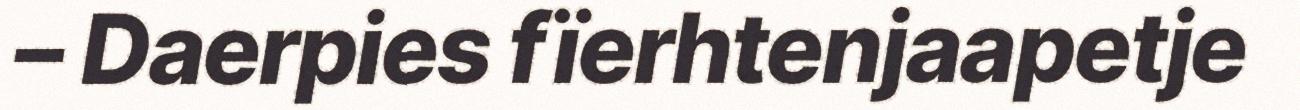
– Daerpies fïerhtenjaapetje